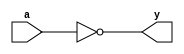
module not_gate_always (
       input wire a,
       output reg y
   );
       always @(*) begin
           y = ~a;
       end
endmodule